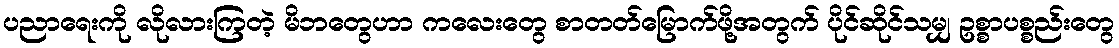
ပညာရေးကို လိုလားကြတဲ့ မိဘတွေဟာ ကလေးတွေ စာတတ်မြောက်ဖို့အတွက် ပိုင်ဆိုင်သမျှ ဥစ္စာပစ္စည်းတွေ